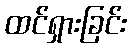
ထင်ရှားခြင်း